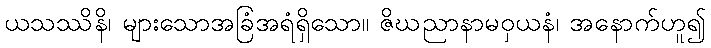
ယသဿိနိ၊ များသောအခြံအရံရှိသော။ ဇိဃညာနာမဝှယနံ၊ အနောက်ဟူ၍